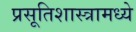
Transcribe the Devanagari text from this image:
प्रसूतिशास्त्रामध्ये